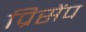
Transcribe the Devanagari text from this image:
प्रिसेंप